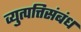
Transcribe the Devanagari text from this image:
व्युत्पत्तिसंबंध